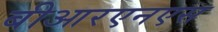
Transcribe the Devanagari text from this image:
बीआरएनएस